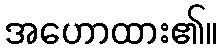
အဟောထား၏။